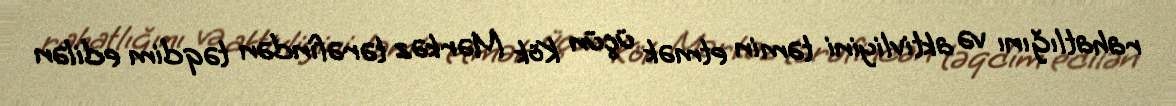
rahatlığını və aktivliyini təmin etmək üçün Kök Mərkəz tərəfindən təqdim edilən